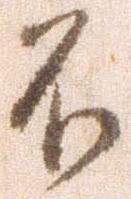
不